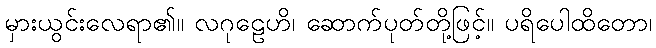
မှားယွင်းလေရာ၏။ လဂုဠေဟိ၊ ဆောက်ပုတ်တို့ဖြင့်။ ပရိပေါထိတော၊